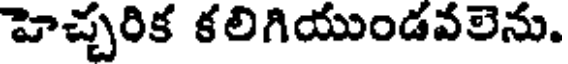
హెచ్చరిక కలిగియుండవలెను.